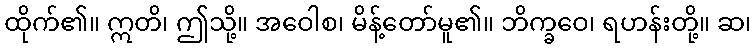
ထိုက်၏။ ဣတိ၊ ဤသို့။ အဝေါစ၊ မိန့်တော်မူ၏။ ဘိက္ခဝေ၊ ရဟန်းတို့။ ဆ၊